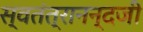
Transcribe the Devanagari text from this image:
स्वतंत्रानन्दजी